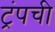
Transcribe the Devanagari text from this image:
ट्रंपची